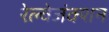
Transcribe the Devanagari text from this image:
रेल्वेजंक्शन